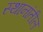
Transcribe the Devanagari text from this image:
स्थानांतील